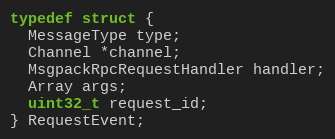
Language: C
typedef struct {
  MessageType type;
  Channel *channel;
  MsgpackRpcRequestHandler handler;
  Array args;
  uint32_t request_id;
} RequestEvent;